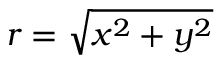
r = \sqrt { x ^ { 2 } + y ^ { 2 } }